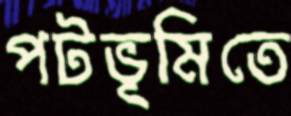
পটভূমিতে